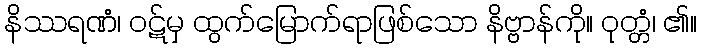
နိဿရဏံ၊ ဝဋ်မှ ထွက်မြောက်ရာဖြစ်သော နိဗ္ဗာန်ကို။ ဝုတ္တံ၊ ၏။